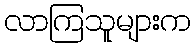
လာကြသူများက